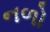
નળો